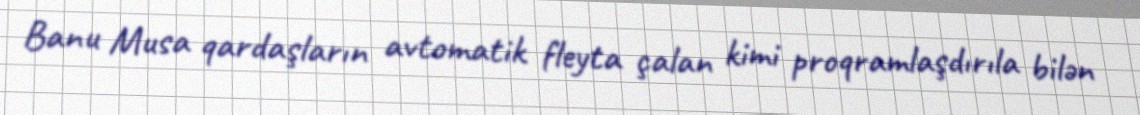
Banu Musa qardaşların avtomatik fleyta çalan kimi proqramlaşdırıla bilən